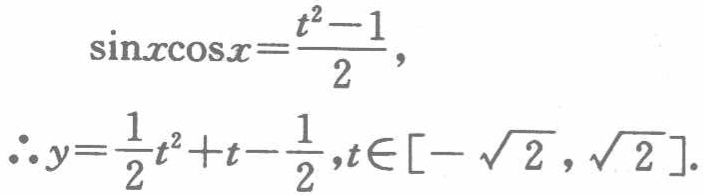
\[\begin{align*}

\sin x\cos x&=\frac{t^{2}-1}{2},\\

\therefore y&=\frac{1}{2}t^{2}+t - \frac{1}{2},t\in[-\sqrt{2},\sqrt{2}].

\end{align*}\]